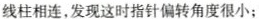
线柱相连，发现这时指针偏转角度很小；